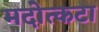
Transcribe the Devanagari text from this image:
मदोत्कटा